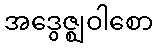
အဒွေဇ္ဈဝါစော